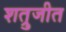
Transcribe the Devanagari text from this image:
शत्रुजीत